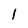
Character: 1